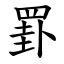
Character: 罫